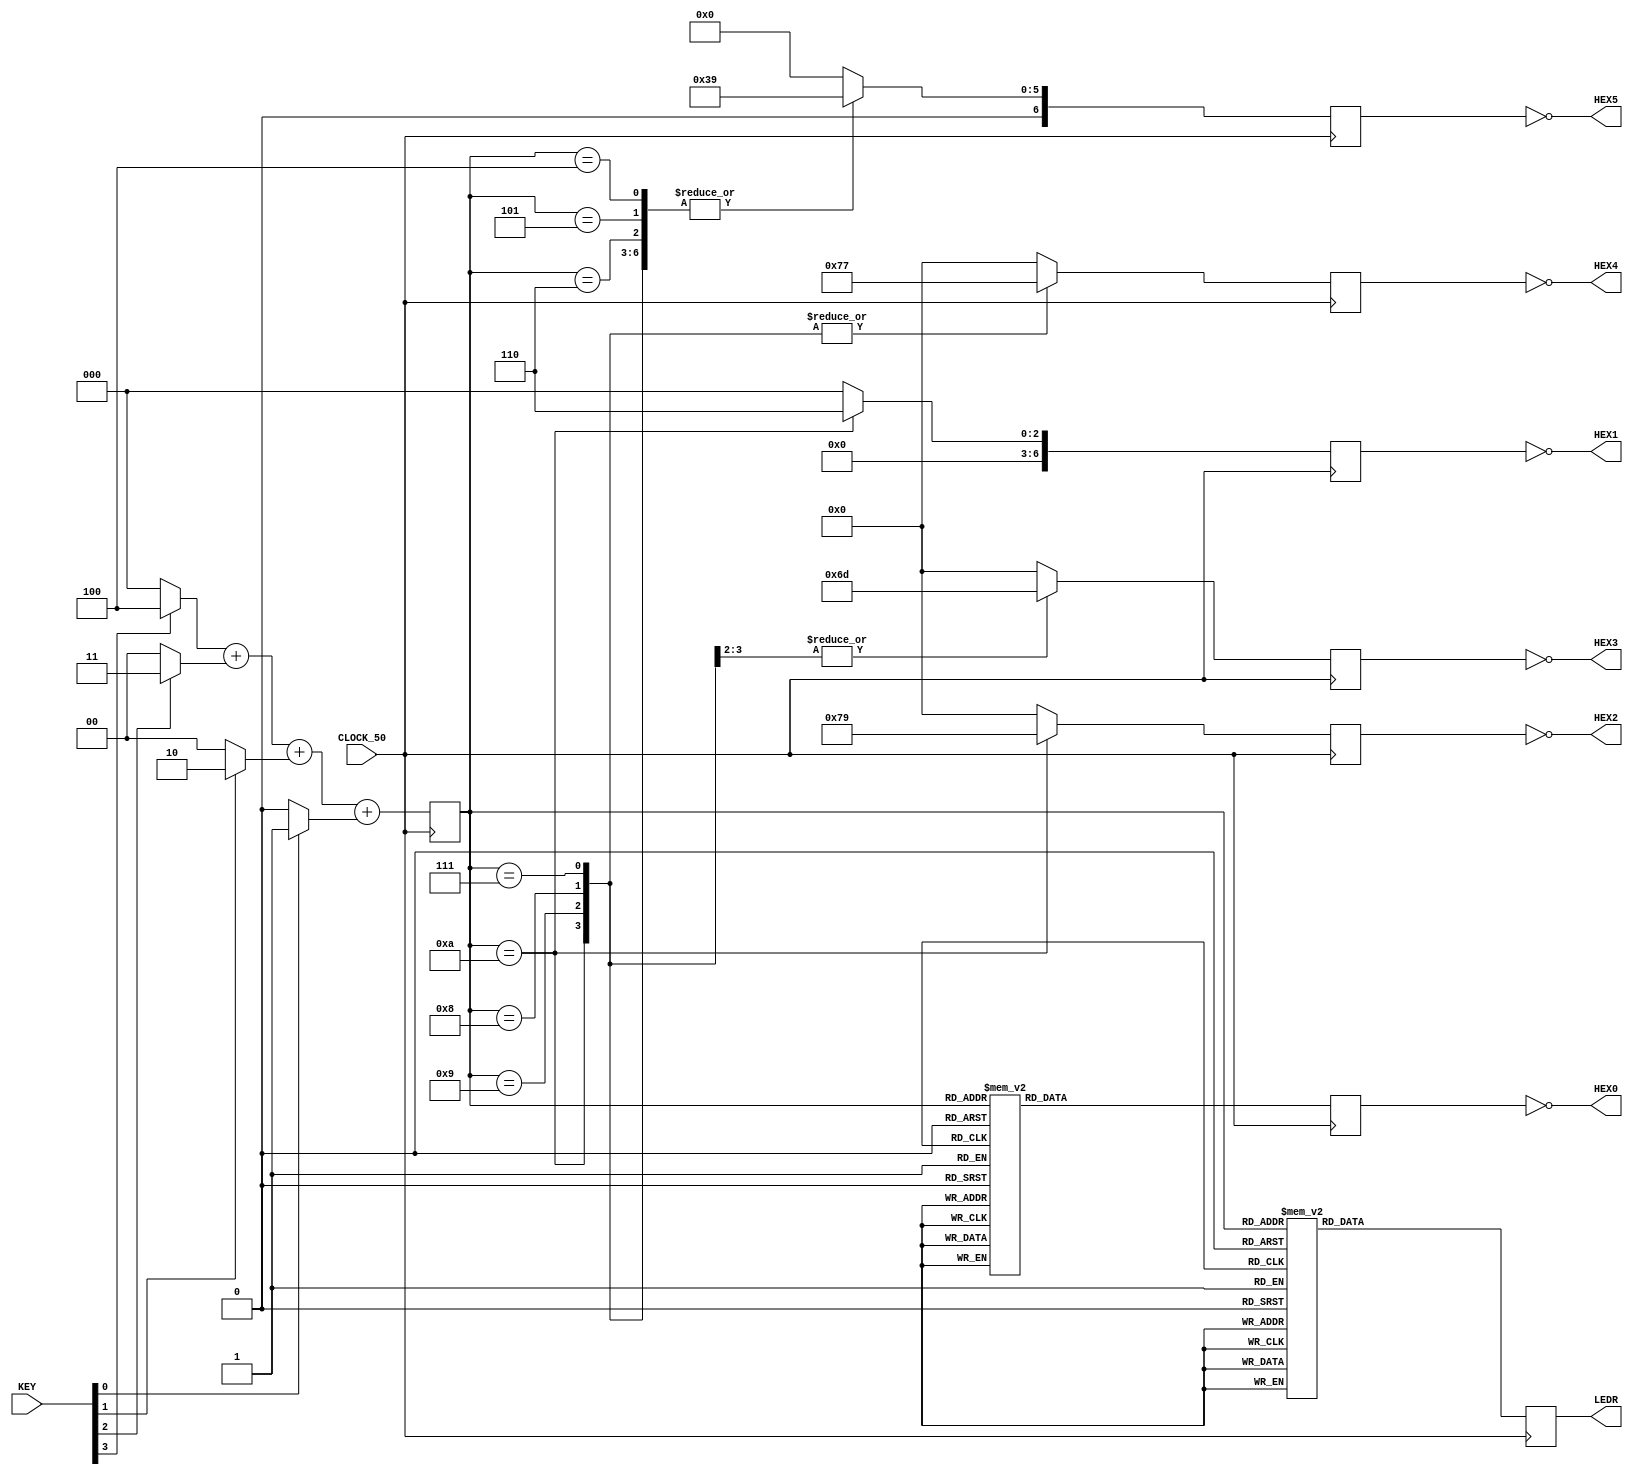
`timescale 1ns / 1ps
//////////////////////////////////////////////////////////////////////////////////
// Company: Case Western Reserve University
// 
// Project Name:   EECS301 Digital Design
// Design Name:    Lab #1 Project
// Module Name:    Lab1_Frustration_Module
// Target Devices: Altera Cyclone V
// Tool versions:  Quartus v17.0
// Description:    EECS301 Lab 1 Frustration Module
//                 
//
// Dependencies:   
//
//////////////////////////////////////////////////////////////////////////////////

module Lab1_Frustration_Module
(
	// LED Signals
	output reg  [9:0] LEDR,

	// HEX LED Display Signals (Active-Low)
	output      [6:0] HEX0, // HEX LED Disp 0
	output      [6:0] HEX1, // HEX LED Disp 1
	output      [6:0] HEX2, // HEX LED Disp 2
	output      [6:0] HEX3, // HEX LED Disp 3
	output      [6:0] HEX4, // HEX LED Disp 4
	output      [6:0] HEX5, // HEX LED Disp 5
	
	// Key Button Signals
	input       [3:0] KEY,

	// Clock Signal
	input       CLOCK_50
);


	////////////////////////////////////////////////////////
	//
	// Key Button Adder
	//
	// Keys are assigned values 1, 2, 3, 4.  The Key values are summed then displayed.
	//
	reg [3:0] key_value;
	wire  [3:0] key0_value;
	wire [3:0] key1_value;
	wire [3:0] key2_value;
	wire [3:0] key3_value;
	
	//
	// Assign values to each key when pressed
	//
	assign key0_value = KEY[0] ? 4'h1 : 4'h0; // KEY[0] = 1
	assign key1_value = KEY[1] ? 4'h2 : 4'h0; // KEY[1] = 2
	assign key2_value = KEY[2] ? 4'h3 : 4'h0; // KEY[3] = 3
	assign key3_value = KEY[3] ? 4'h4 : 4'h0; // KEY[4] = 4
	
	//
	// Sum all key values
	//
	always @(posedge CLOCK_50)
	begin
		key_value = key3_value + key2_value + key1_value + key0_value;
	end
	
	
	////////////////////////////////////////////////////////
	//
	// LED Display
	//
	// Show the summed Key value on the LEDs
	//
	always @(posedge CLOCK_50)
	begin
		case (key_value)
			4'h0 : LEDR <= 10'b0000000000;
			4'h1 : LEDR <= 10'b0000000001;
			4'h2 : LEDR <= 10'b0000000011;
			4'h3 : LEDR <= 10'b0000000111;
			4'h4 : LEDR <= 10'b0000001111;
			4'h5 : LEDR <= 10'b0000011111;
			4'h6 : LEDR <= 10'b0000111111;
			4'h7 : LEDR <= 10'b0001111111;
			4'h8 : LEDR <= 10'b0011111111;
			4'h9 : LEDR <= 10'b0111111111;
			4'hA : LEDR <= 10'b1111111111;
			default : LEDR <= 10'b0000000000;
		endcase
	end
	
	
	////////////////////////////////////////////////////////
	//
	// HEX Display
	//
	//  Show the summed value on Hex displays 1 & 0
	//  Show a message on Hex displays 2-5
	//
	reg [6:0] hex0_reg;
	reg [6:0] hex1_reg;
	reg [6:0] hex2_reg;
	reg [6:0] hex3_reg;
	reg [6:0] hex4_reg;
	reg [6:0] hex5_reg;
	
	//
	// HEX signals are active-low so invert the output signals
	//
	assign HEX0 = ~hex0_reg;
	assign HEX1 = ~hex1_reg;
	assign HEX2 = ~hex2_reg;
	assign HEX3 = ~hex3_reg;
	assign HEX4 = ~hex4_reg;
	assign HEX5 = ~hex5_reg;
	
	//
	// HEX0 Data
	//
	always @(posedge CLOCK_50)
	begin
		case (key_value)
			4'h0 : hex0_reg <= 7'h3F; // 0
			4'h1 : hex0_reg <= 7'h06; // 1
			4'h2 : hex0_reg <= 7'h5B; // 2
			4'h3 : hex0_reg <= 7'h4F; // 3
			4'h4 : hex0_reg <= 7'h66; // 4
			4'h5 : hex0_reg <= 7'h6D; // 5
			4'h6 : hex0_reg <= 7'h7D; // 6
			4'h7 : hex0_reg <= 7'h27; // 7
			4'h8 : hex0_reg <= 7'h7F; // 8
			4'h9 : hex0_reg <= 7'h6F; // 9
			4'hA : hex0_reg <= 7'h3F; // 0
			default : hex0_reg <= 7'h00; // Space
		endcase
	end
		
	//
	// HEX1 Data
	//
	always @(posedge CLOCK_50)
	begin
		case (key_value)
			4'hA : hex1_reg <= 7'h06; // 1
			default : hex1_reg <= 7'h00; // Space
		endcase
	end
	
	//
	// HEX2 Data
	//
	always @(posedge CLOCK_50)
	begin
		case (key_value)
			4'hA : hex2_reg <= 7'h79; // E
			default : hex2_reg <= 7'h00; // Space
		endcase
	end
	
	//
	// HEX3 Data
	//
	always @(posedge CLOCK_50)
	begin
		case (key_value)
			4'h9,
			4'hA : hex3_reg <= 7'h6D; // S
			default : hex3_reg <= 7'h00; // Space
		endcase
	end
	
	//
	// HEX4 Data
	//
	always @(posedge CLOCK_50)
	begin
		case (key_value)
			4'h7,
			4'h8,
			4'h9,
			4'hA : hex4_reg <= 7'h77; // A
			default : hex4_reg <= 7'h00; // Space
		endcase
	end
	
	//
	// HEX5 Data
	//
	always @(posedge CLOCK_50)
	begin
		case (key_value)
			4'h4,
			4'h5,
			4'h6,
			4'h7,
			4'h8,
			4'h9,
			4'hA : hex5_reg <= 7'h39; // C
			default : hex5_reg <= 7'h00; // Space
		endcase
	end
	
endmodule